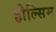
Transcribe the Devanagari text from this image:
होल्सिम